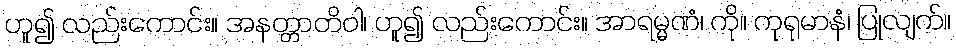
ဟူ၍ လည်းကောင်း။ အနတ္တာတိဝါ၊ ဟူ၍ လည်းကောင်း။ အာရမ္မဏံ၊ ကို။ ကုရုမာနံ၊ ပြုလျက်။